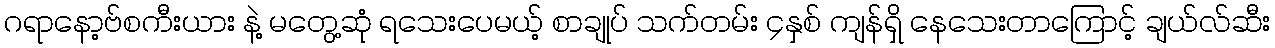
ဂရာနော့ဗ်စကီးယား နဲ့ မတွေ့ဆုံ ရသေးပေမယ့် စာချုပ် သက်တမ်း ၄နှစ် ကျန်ရှိ နေသေးတာကြောင့် ချယ်လ်ဆီး